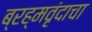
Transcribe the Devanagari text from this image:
ब्रह्मवृंदाचा